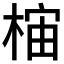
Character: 𱣯